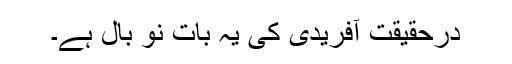
درحقیقت آفریدی کی یہ بات نو بال ہے۔